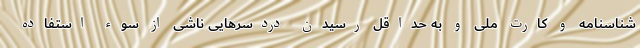
شناسنامه و کارت ملی و به حداقل رسیدن دردسرهایی ناشی از سوء استفاده